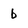
Character: b